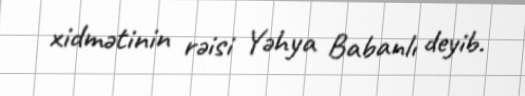
xidmətinin rəisi Yəhya Babanlı deyib.